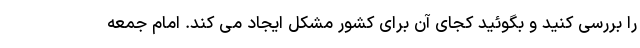
را بررسی کنید و بگوئید کجای آن برای کشور مشکل ایجاد می کند. امام جمعه